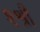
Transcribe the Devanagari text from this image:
२श्री